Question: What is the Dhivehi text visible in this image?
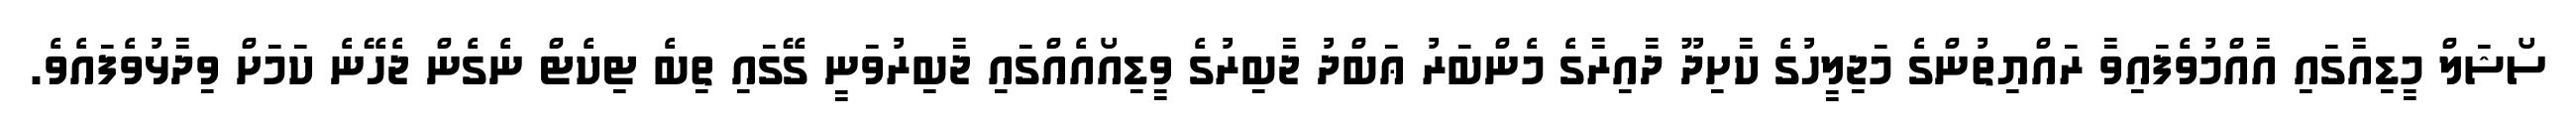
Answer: ސޯޝަލް މީޑިއާގައި އާއްމުވެފައިވާ ރައްޔިތުންގެ މަޖިލީހުގެ ކާށިދޫ ދާއިރާގެ މެންބަރު ޢަބްދު ޖާބިރުގެ ވީޑިއޯއެއްގައި ޖާބިރުވަނީ ގޭގައި ތިބެ ޓިކެޓް ނެގެން ޖެހޭނެ ކަމަށް ވިދާޅުވެފައެވެ.